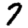
Digit: 7